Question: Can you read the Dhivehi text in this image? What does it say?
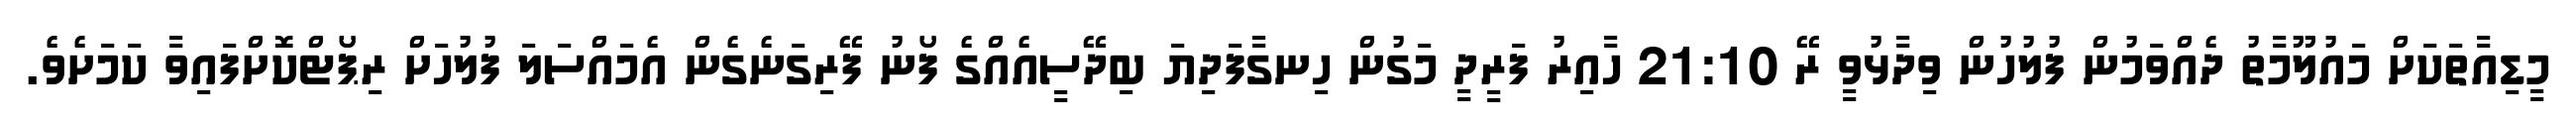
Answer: މީޑިއާތަކަށް މައުލޫމާތު ދެއްވަމުން ފުލުހުން ވިދާޅުވީ ރޭ 21:10 ހާއިރު ފަރީދީ މަގުން ހިނގާފަދިޔަ ބިދޭސީއެއްގެ ފޯނު ފޭރިގަނެގެން އެމައްސަލަ ފުލުހަށް ރިޕޯޓްކޮށްފައިވާ ކަމަށެވެ.